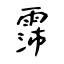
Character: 霈